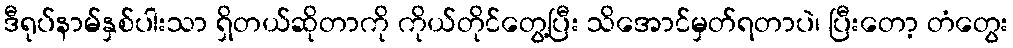
ဒီရုပ်နာမ်နှစ်ပါးသာ ရှိတယ်ဆိုတာကို ကိုယ်တိုင်တွေ့ပြီး သိအောင်မှတ်ရတာပဲ၊ ပြီးတော့ တံတွေး